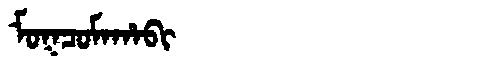
Manchu: ᠮᠣᡴᠴᠣᠮᠠᡥᠠᠪᡳ
Romanization: MOKCOMAHABI